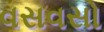
વસવસો